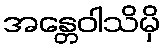
အန္တေဝါသိမှိ